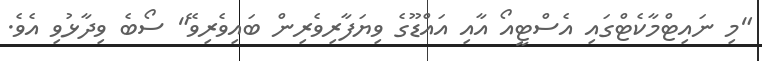
"މި ނައިޓްމާކެޓްގައި އެސްޓީއޯ އާއި އައްޑޫގެ ވިޔަފާރިވެރިން ބައިވެރިވޭ" ސޯބެ ވިދާޅުވި އެވެ.